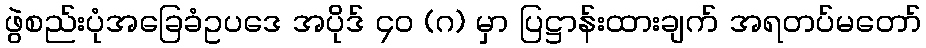
ဖွဲစည်းပုံအခြေခံဥပဒေ အပိုဒ် ၄၀ (ဂ) မှာ ပြဋ္ဌာန်းထားချက် အရတပ်မတော်